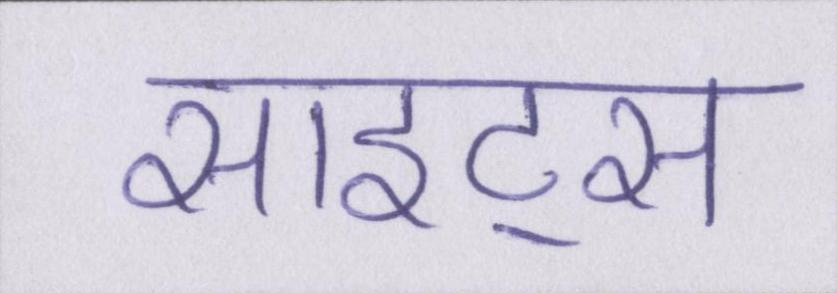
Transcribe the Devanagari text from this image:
साइट्स